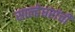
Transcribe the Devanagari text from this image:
साल्हेघरांची